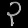
Digit: ၃